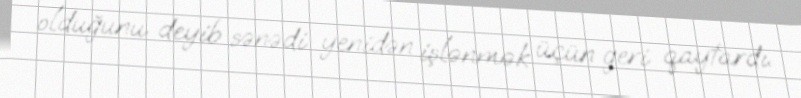
olduğunu deyib sənədi yenidən işlənmək üçün geri qaytardı.